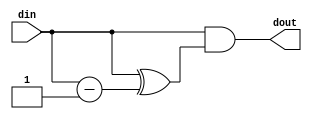
module right_find_1st_one (din, dout);
    parameter WIDTH = 4;

    output [WIDTH-1:0] dout;
    input [WIDTH-1:0] din;

    wire [WIDTH-1:0]  din_m1, din_msk;

    assign din_m1   = din - 1'b1;
    assign din_msk  = din ^ din_m1;
    assign dout     = din & din_msk;

endmodule